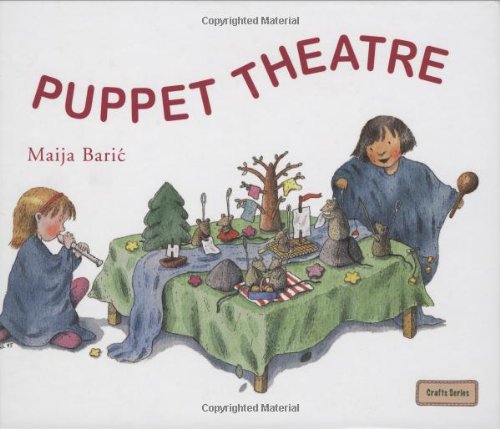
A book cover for Puppet Theatre (Crafts and Family Activities); Maija Baric; Crafts, Hobbies & Home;